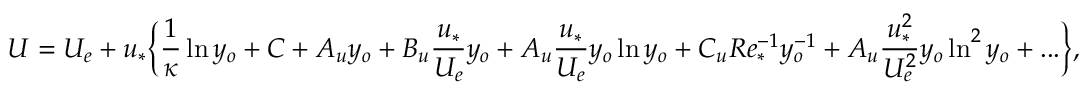
U = U _ { e } + u _ { * } \Big \{ \frac { 1 } { \kappa } \ln y _ { o } + C + A _ { u } y _ { o } + B _ { u } \frac { u _ { * } } { U _ { e } } y _ { o } + A _ { u } \frac { u _ { * } } { U _ { e } } y _ { o } \ln y _ { o } + C _ { u } R e _ { * } ^ { - 1 } y _ { o } ^ { - 1 } + A _ { u } \frac { u _ { * } ^ { 2 } } { U _ { e } ^ { 2 } } y _ { o } \ln ^ { 2 } y _ { o } + . . . \Big \} ,